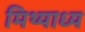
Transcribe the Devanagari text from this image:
मिथ्याध्य